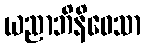
ယညာဘိနိဝေသာ